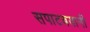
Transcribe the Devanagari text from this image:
सपाटबयानी